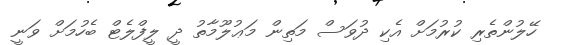
ހޭލުންތެރި ކުރުމަށް އެކި ދުވަސް މަތިން މަޢުލޫމާތު ދީ ލީފްލެޓް ބެހުމަށް ވަނީ